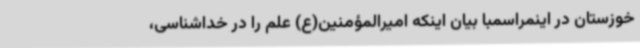
خوزستان در اینمراسمبا بیان اینکه امیرالمؤمنین(ع) علم را در خداشناسی،